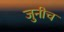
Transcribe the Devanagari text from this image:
जुनीच